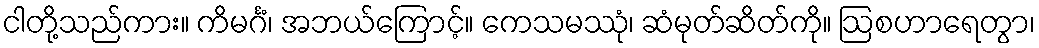
ငါတို့သည်ကား။ ကိမင်္ဂံ၊ အဘယ်ကြောင့်။ ကေသမဿုံ၊ ဆံမုတ်ဆိတ်ကို။ ဩစဟာရေတွာ၊